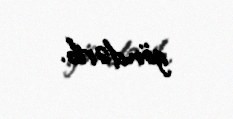
göndərib.